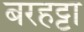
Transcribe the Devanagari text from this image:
बरहट्टा